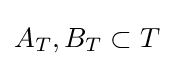
A_{T},B_{T}\subset T